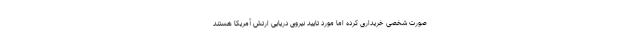
صورت شخصی خریداری کرده اما مورد تایید نیروی دریایی ارتش آمریکا هستند